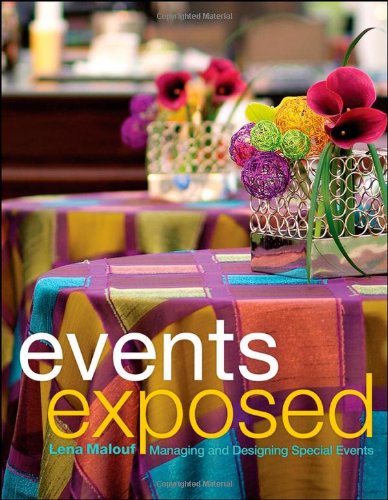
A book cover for Events Exposed: Managing and Designing Special Events; Lena Malouf; Business & Money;